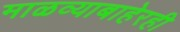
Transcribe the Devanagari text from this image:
माळव्याबाहेरही